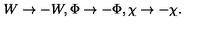
W \rightarrow - W , \Phi \rightarrow - \Phi , \chi \rightarrow - \chi .